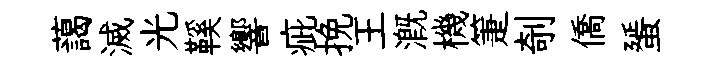
藹滅光鞵響疵挽王溉機箑剞僑蜑